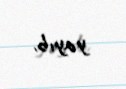
yayıb.